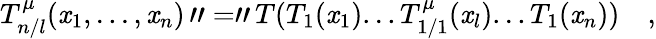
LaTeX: T_{n/l}^{\mu}(\mathit{x}_{1},...,\mathit{x}_{n})\, "="\, T(T_{1}(\mathit{x}_{1})...T_{1/1}^{\mu}(\mathit{x}_{l})...T_{1}(\mathit{x}_{n}))\quad,